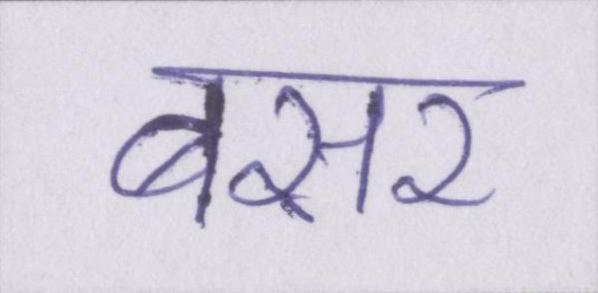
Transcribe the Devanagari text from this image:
बसर